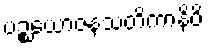
ပဉ္စယောဇနသတိကာနိပိ